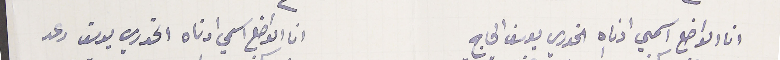
انا الواضع اسمي اذناه الخوري يوسف الحاج                         ان الواضع اسملي ادناه الخوري يوسف رعد